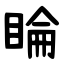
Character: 睔